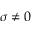
\sigma \neq 0